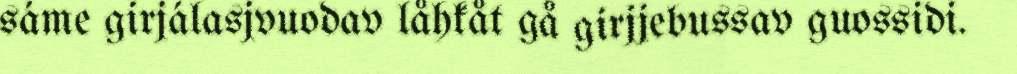
sáme girjálasjvuodav låhkåt gå girjjebussav guossidi.